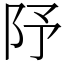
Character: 䦽